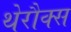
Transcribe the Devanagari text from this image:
थेरौक्स